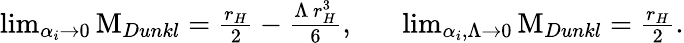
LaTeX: \begin{array}{r}{\operatorname*{lim}_{\alpha_{i}\rightarrow 0}\mathrm{M}_{Dunkl}=\frac{r_{H}}{2}-\frac{\Lambda\, r_{H}^{3}}{6},\, \, \, \, \, \, \, \, \, \, \operatorname*{lim}_{\alpha_{i},\Lambda\rightarrow 0}\mathrm{M}_{Dunkl}=\frac{r_{H}}{2}.}\end{array}